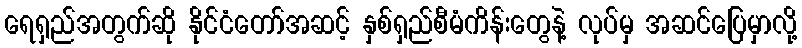
ရေရှည်အတွက်ဆို နိုင်ငံတော်အဆင့် နှစ်ရှည်စီမံကိန်းတွေနဲ့ လုပ်မှ အဆင်ပြေမှာလို့